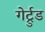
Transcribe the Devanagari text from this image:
गेर्ट्रुड